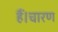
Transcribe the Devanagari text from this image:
हैं।चारण